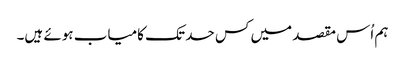
ہم اُس مقصد میں کس حد تک کامیاب ہوئے ہیں۔